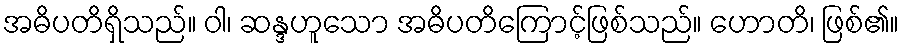
အဓိပတိရှိသည်။ ဝါ၊ ဆန္ဒဟူသော အဓိပတိကြောင့်ဖြစ်သည်။ ဟောတိ၊ ဖြစ်၏။